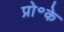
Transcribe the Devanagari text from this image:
प्रो॰के